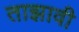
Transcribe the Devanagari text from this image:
ताझावी